kultuurilooline_kollektsioon, lk 10
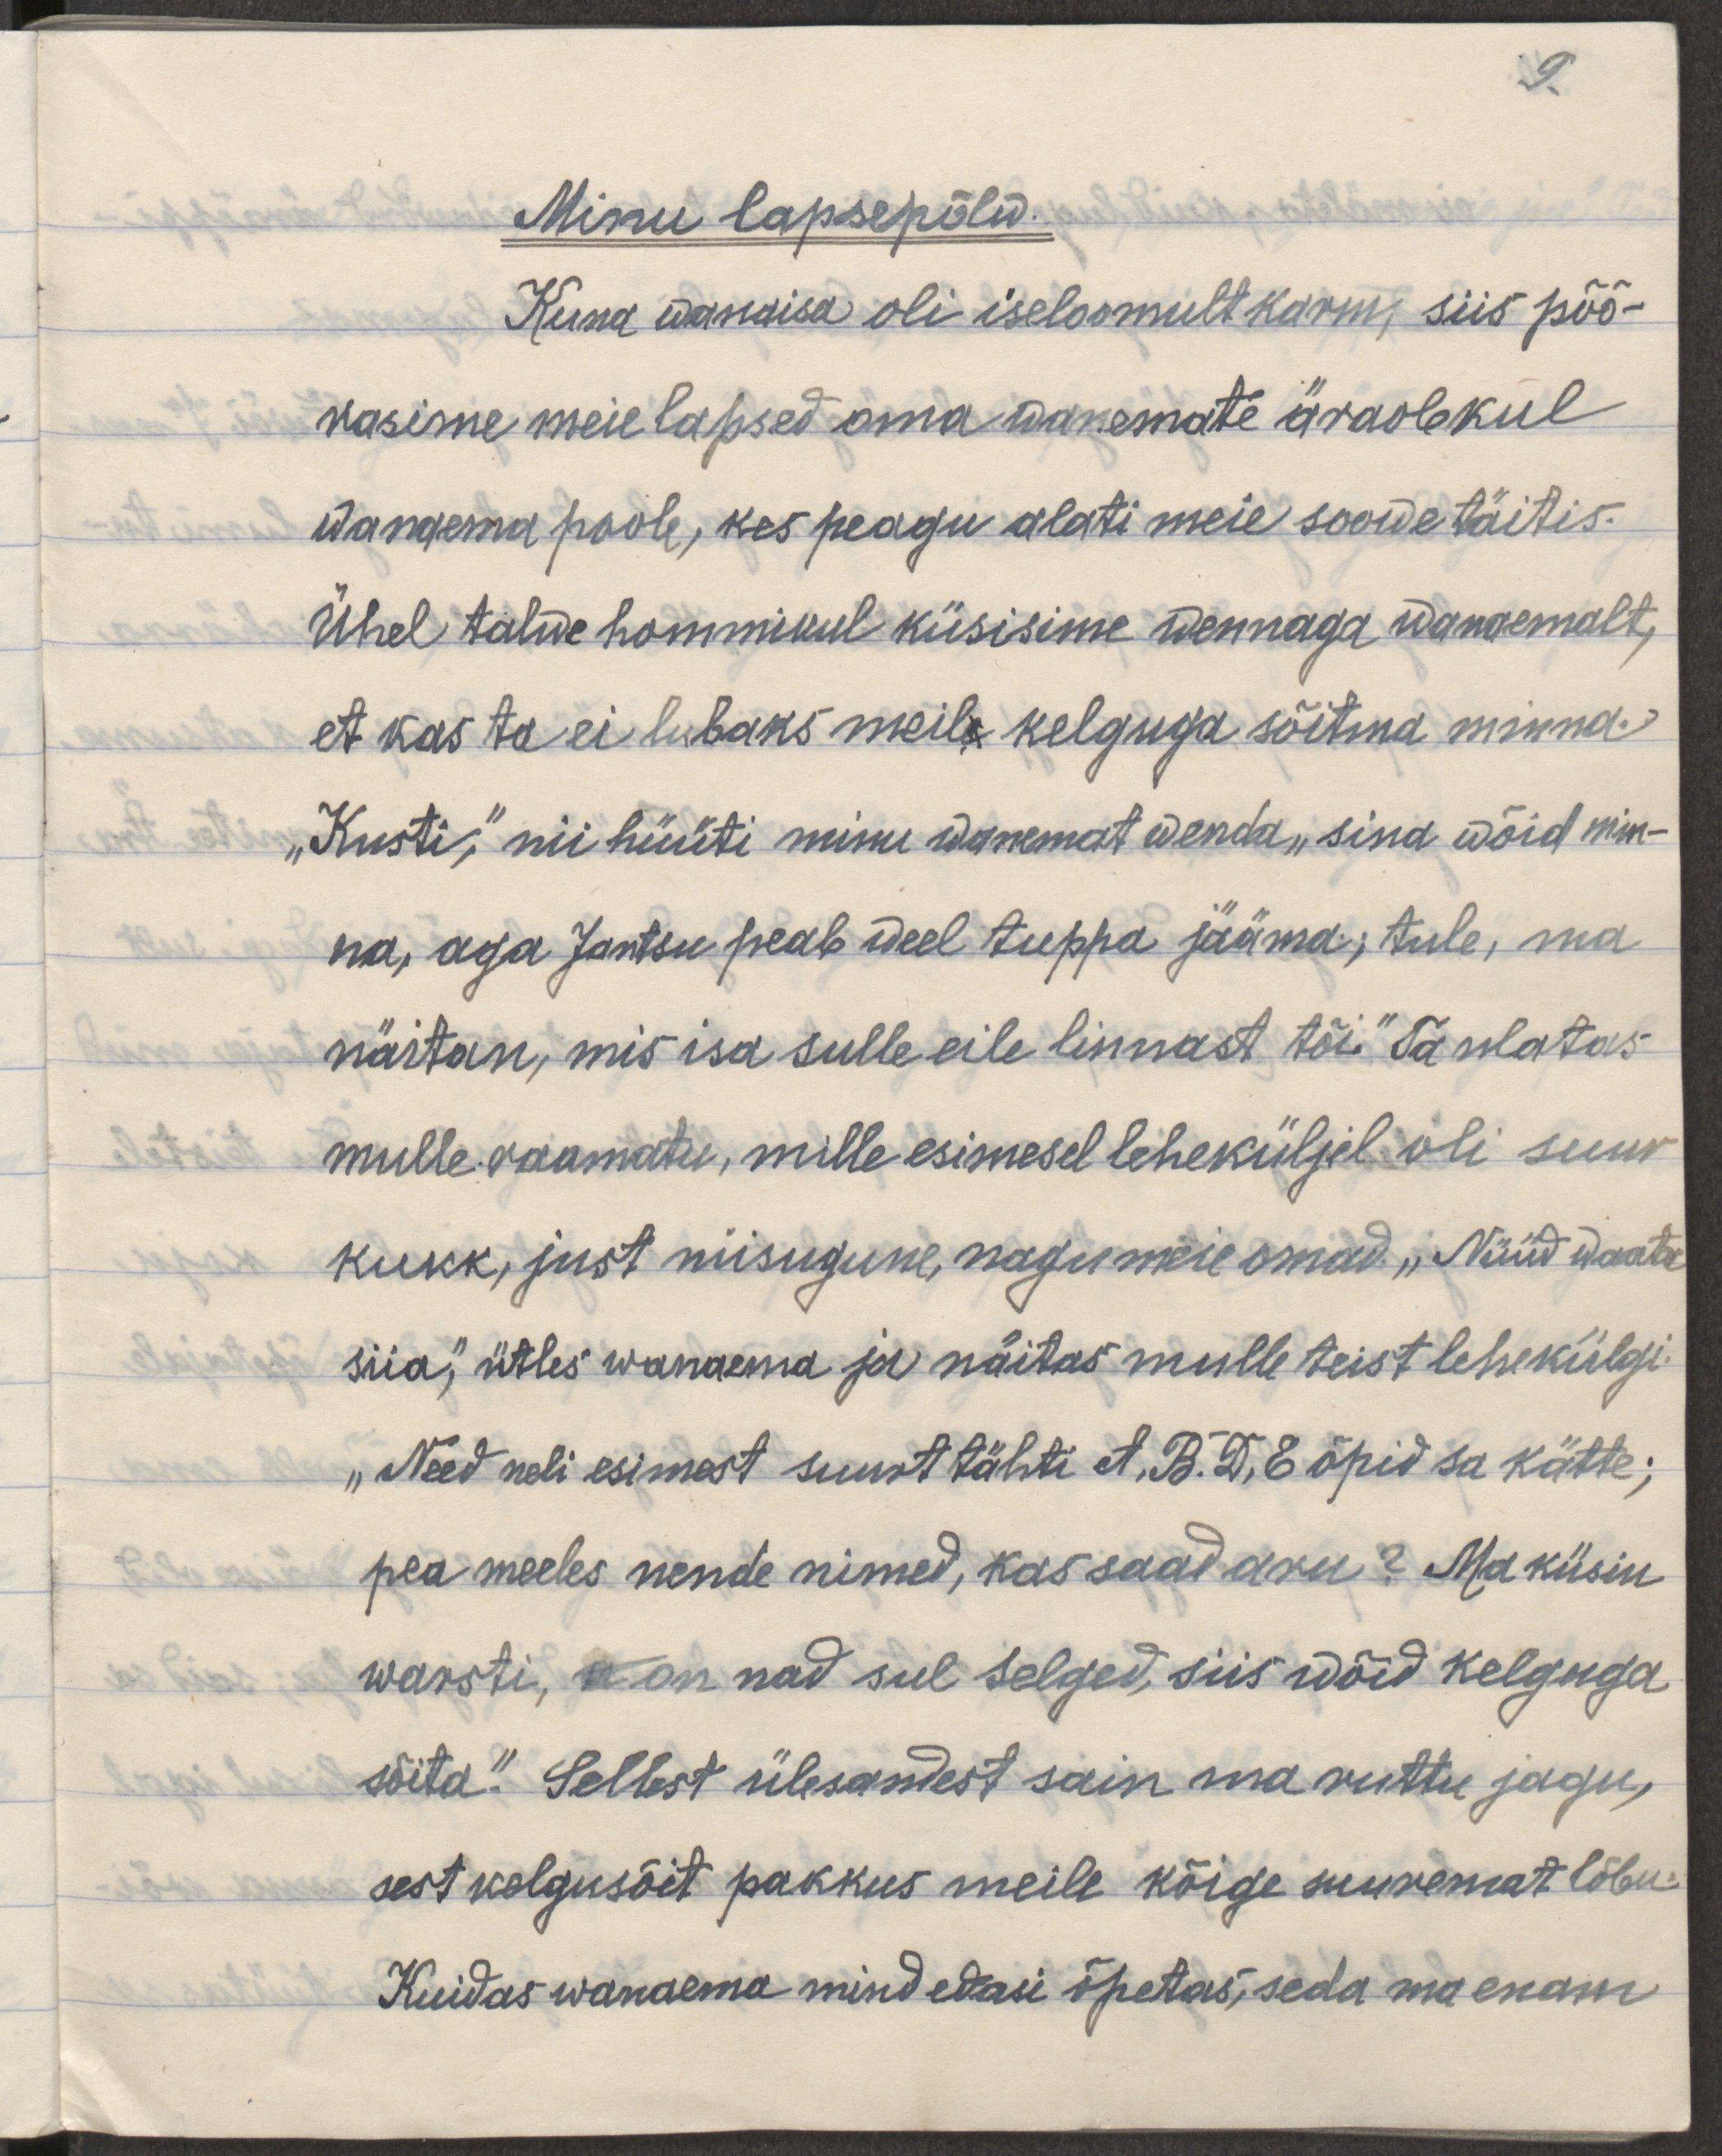
9.
Minu lapsepõlw.
Kuna wanaisa oli iseloomult karm, siis põõ-
rasime meie lapsed oma wanemate äraolekul
wanaema poole, kes peaaegu alati meie soowe täitis.
Ühel talwe hommikul küsisime wennaga wanaemalt,
et kas ta ei lubaks meile kelguga sõitma minna.
"Kusti," nii hüüti minu wanemat wenda "sina võid min-
na, aga Jantsu peab veel tuppa jääma; tule, ma
näitan, mis isa sulle eile linnast tõi." Ta ulatas
mulle raamatu, mille esimesel leheküljel oli suur
kukk, just niisugune, nagu meie omad. "Nüüd waata
siia," ütles wanaema ja näitas mulle teist lehekülgi
"Need neli esimest suurt tähti, et A, B. D. E õpid sa kätte;
pea meeles meeles nende nimed, kas saad aru? Ma küsin
warsti, on nad sul selged, siis wõid kelguga
sõita." Sellest ülesandest sain ma ruttu jagu,
sest kelgusõit pakkus meile kõige suuremat lõbu.
Kuidas wanaema mind edasi õpetas, seda ma enam